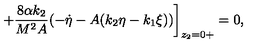
+ \frac { 8 \alpha k _ { 2 } } { M ^ { 2 } A } ( - \dot { \eta } - A ( k _ { 2 } \eta - k _ { 1 } \xi ) ) \bigg ] _ { z _ { 2 } = 0 + } = 0 ,